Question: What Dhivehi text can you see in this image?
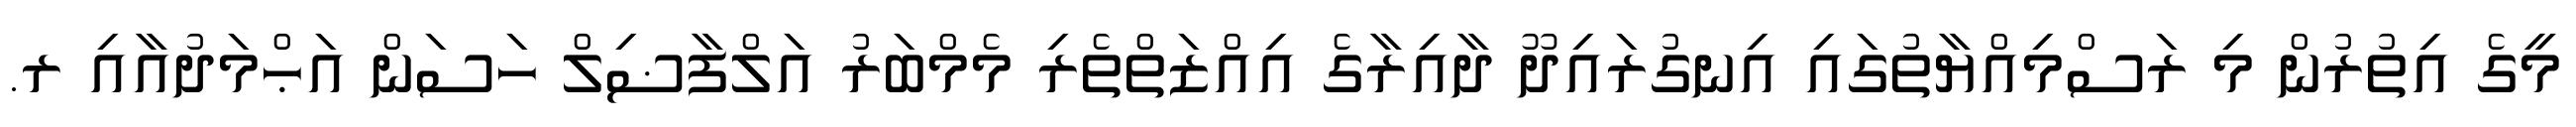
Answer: މީގެ އިތުރުން މި ރަސްމިއްޔާތުގައި އިނގުރައިދޫ ދާއިރާގެ އިއްޒަތްތެރި މެމްބަރު އަލްފާޟިލް ހަސަން އަޙްމަދުއާއި ރ.